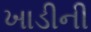
ખાડીની